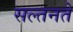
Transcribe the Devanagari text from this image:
सल्तनते